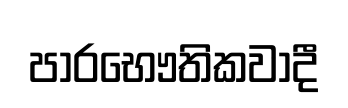
පාරභෞතිකවාදී